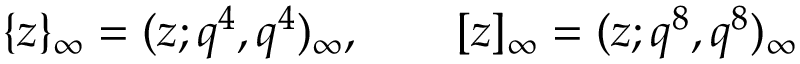
\{ z \} _ { \infty } = ( z ; q ^ { 4 } , q ^ { 4 } ) _ { \infty } , \qquad [ z ] _ { \infty } = ( z ; q ^ { 8 } , q ^ { 8 } ) _ { \infty }